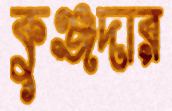
কুঞ্জদার